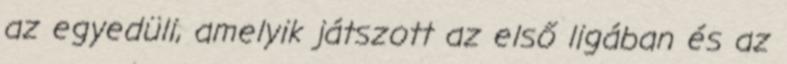
az egyedüli, amelyik játszott az első ligában és az